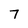
Character: 7